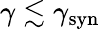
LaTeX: \gamma\lesssim\gamma_{\mathrm{syn}}